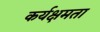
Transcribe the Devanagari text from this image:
कर्यक्षमता